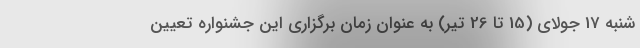
شنبه 17 جولای (15 تا 26 تیر) به عنوان زمان برگزاری این جشنواره تعیین